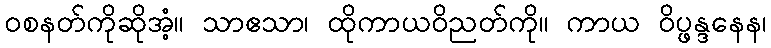
ဝစနတ်ကိုဆိုအံ့။ သာဧသာ၊ ထိုကာယဝိညတ်ကို။ ကာယ ဝိပ္ဖန္ဒနေန၊